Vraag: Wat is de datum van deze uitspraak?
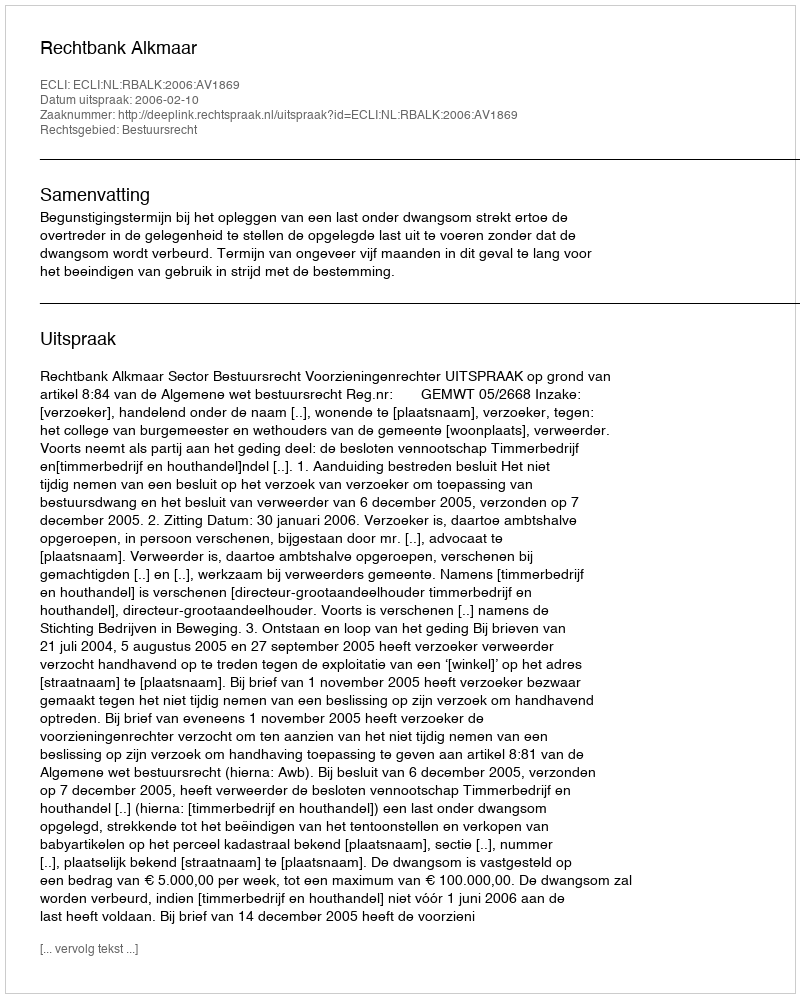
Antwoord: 2006-02-10